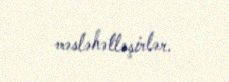
məsləhətləşirlər.